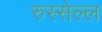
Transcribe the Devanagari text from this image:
रुस्सेल्ल